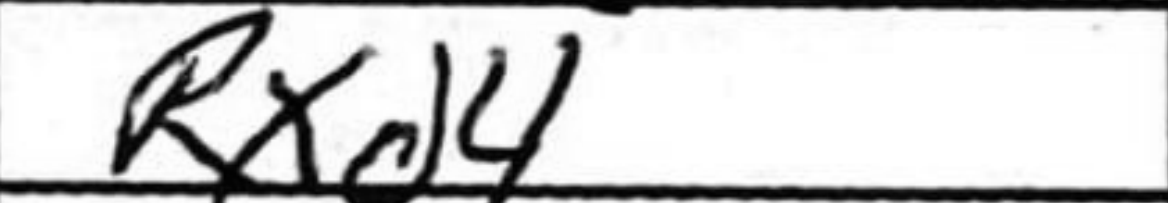
Transcription: Rxd4